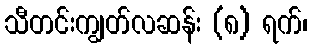
သီတင်းကျွတ်လဆန်း (၈) ရက်၊